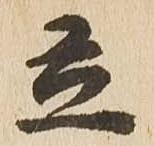
立